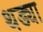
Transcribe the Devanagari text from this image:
थड्या